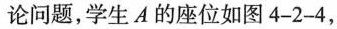
论问题，学生A的座位如图4-2-4，